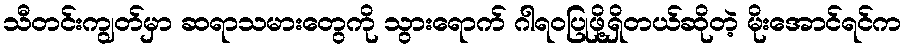
သီတင်းကျွတ်မှာ ဆရာသမားတွေကို သွားရောက် ဂါရဝပြုဖို့ရှိတယ်ဆိုတဲ့ မိုးအောင်ရင်က